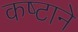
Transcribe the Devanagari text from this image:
कष्‍टाने